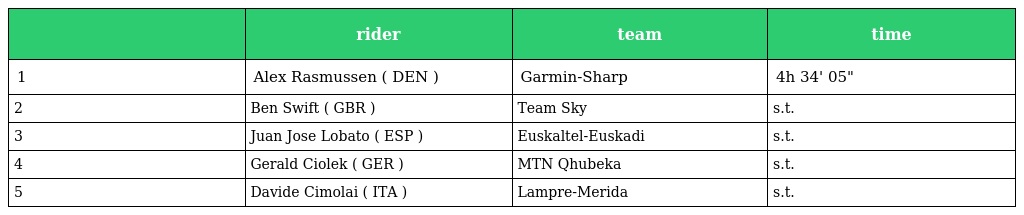
|  | rider | team | time |
 | --- | --- | --- | --- |
 | 1 | Alex Rasmussen ( DEN ) | Garmin-Sharp | 4h 34' 05" |
 | 2 | Ben Swift ( GBR ) | Team Sky | s.t. |
 | 3 | Juan Jose Lobato ( ESP ) | Euskaltel-Euskadi | s.t. |
 | 4 | Gerald Ciolek ( GER ) | MTN Qhubeka | s.t. |
 | 5 | Davide Cimolai ( ITA ) | Lampre-Merida | s.t. |